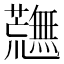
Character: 𮓉